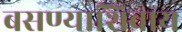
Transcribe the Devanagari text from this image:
बसण्याशिवाय